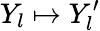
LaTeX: Y_{l}\mapsto Y_{l}^{\prime}